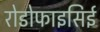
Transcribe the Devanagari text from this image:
रोडोफाइसिई